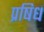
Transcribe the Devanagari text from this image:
प्रषिध